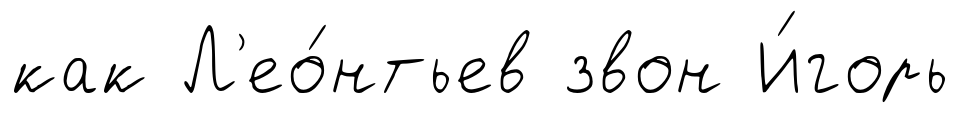
как Л'ео́нтьев звон И́горь